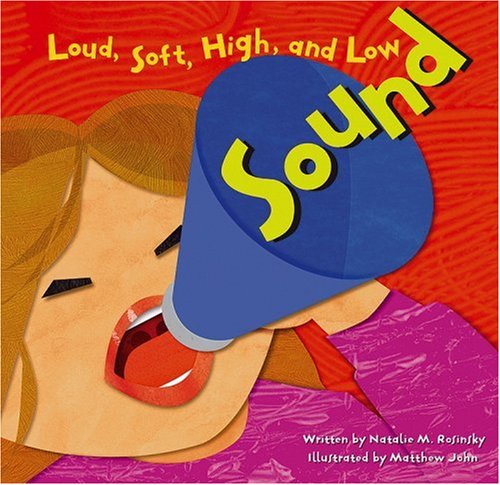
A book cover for Sound: Loud, Soft, High, and Low (Amazing Science); Natalie M. Rosinsky; Children's Books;